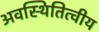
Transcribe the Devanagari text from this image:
अवस्थितित्वीय